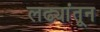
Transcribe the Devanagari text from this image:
लढ्यांतून